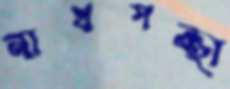
নাথপন্থা